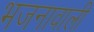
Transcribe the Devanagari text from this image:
भजनावाली